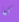
كما